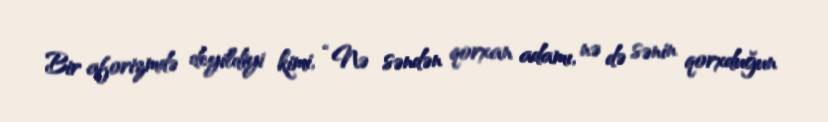
Bir aforizmdə deyildiyi kimi, “Nə səndən qorxan adamı, nə də sənin qorxduğun